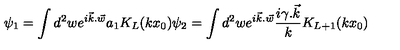
\psi _ { 1 } = \int d ^ { 2 } w e ^ { i { \vec { k } . \vec { w } } } a _ { 1 } K _ { L } ( k x _ { 0 } ) \psi _ { 2 } = \int d ^ { 2 } w e ^ { i \vec { k } . \vec { w } } \frac { i { \gamma . \vec { k } } } { k } K _ { L + 1 } ( k x _ { 0 } )